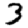
Digit: 3